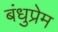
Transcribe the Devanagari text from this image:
बंधुप्रेम